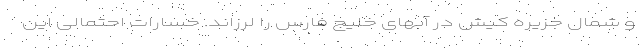
و شمال جزیره کیش در آبهای خلیج فارس را لرزاند. خسارات احتمالی این